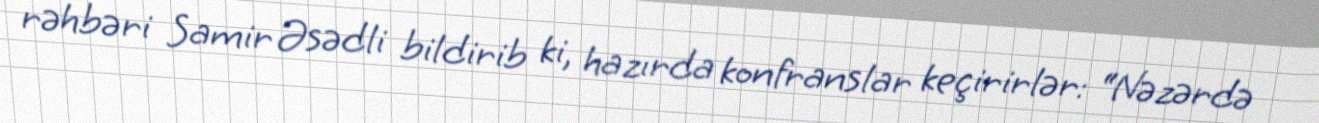
rəhbəri Samir Əsədli bildirib ki, hazırda konfranslar keçirirlər: “Nəzərdə